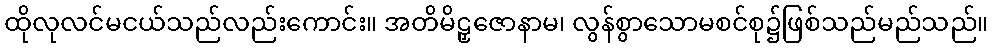
ထိုလုလင်မငယ်သည်လည်းကောင်း။ အတိမိဠှဇောနာမ၊ လွန်စွာသောမစင်စု၌ဖြစ်သည်မည်သည်။